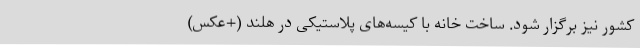
کشور نیز برگزار شود. ساخت خانه با کیسه‌های پلاستیکی در هلند (+عکس)